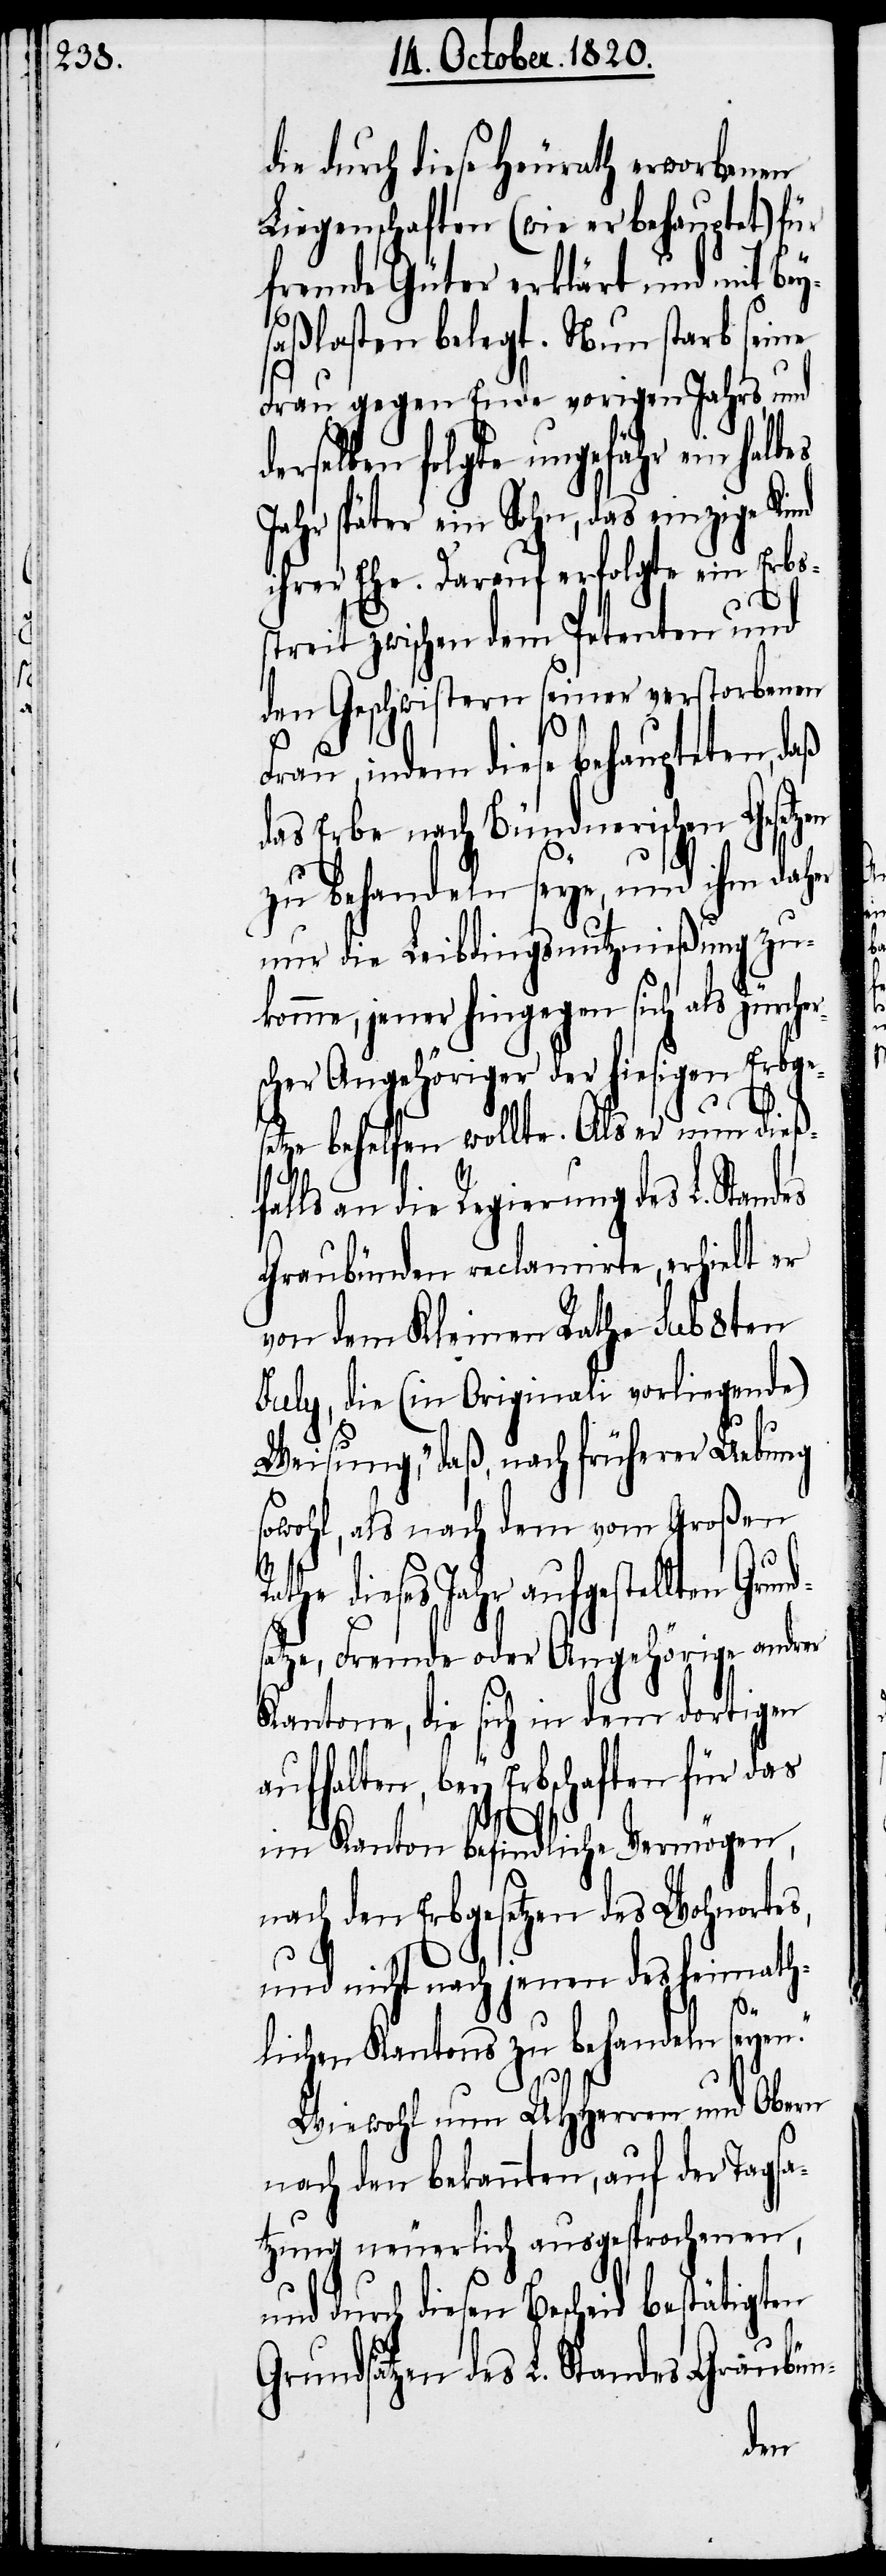
die durch dieses Heurath erworbenen
Liegenschaften (wie er behauptet) für
fremde Güter erklärt und mit bey¬
saßlasten belegt. Nun starb seine
Frau gegen Ende vorigen Jahrs, und
diesen Bescheid bestätigten
Jahr später ein Sohn, das einzige Kind
ihrer Ehe. Darauf erfolgte ein Erbs¬
streit zwischen dem Petenten und
den Geschwistern seiner verstorbenen
Frau, indem diese behaupteten, daß
das Erbe nach Bündnerischen Gesetzen
zu behandeln sey, und ihm dah¬
nur die Leibdingsnutznießung zu¬
komme, jener hingegen sich als Zürch¬
scher Angehöriger der hiesigen Erbge¬
setze behelfen wollte. Als er nun dieß¬
lls an die Regierung des L. Stan¬
Graubünden reclamirte, erhielt er
von dem Kleinen Rathe sub 8ten
July, die (in Originali vorliegende)
Weisung, „daß nach früherer Uebung
sowohl, als nach dem vom Großen
the dieses Jahr aufgestellten Grun¬
tze, Fremde oder Angehörige andrer
Kantone, die sich in dem dortigen
aufhalten, bey Erbschaften für das
im Kanton befindliche Vermögen,
nach den Erbgesetzen des Wohnortes,
und nicht nach jenen des Heimath¬
lichen Kantons zu behandeln seye¬
und
durch
Wie wohl nun UHherren und Obern
nach den bekannten, auf der Tagsa¬
tzung neuerlich ausgesprochenen,
Grundsätzen des L. Standes Graubün-